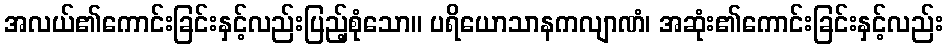
အလယ်၏ကောင်းခြင်းနှင့်လည်းပြည့်စုံသော။ ပရိယောသာနကလျာဏံ၊ အဆုံး၏ကောင်းခြင်းနှင့်လည်း